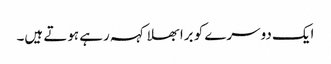
ایک دوسرے کو برا بھلا کہہ رہے ہوتے ہیں۔